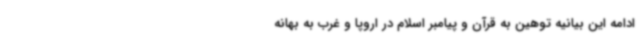
ادامه این بیانیه توهین به قرآن و پیامبر اسلام در اروپا و غرب به بهانه